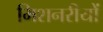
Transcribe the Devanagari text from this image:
मिशनरीयों